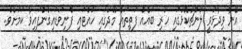
އޭނާ ވިދާޅުވީ ލޯންޗުކޮޅުގައި ހުރި ބައެއް ފަތިތައް މޫދުގައި ހުއްޓައި ފެނިވަޑައިގެންފައިވާ ކަމަށެވެ.